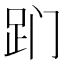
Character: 𬦢